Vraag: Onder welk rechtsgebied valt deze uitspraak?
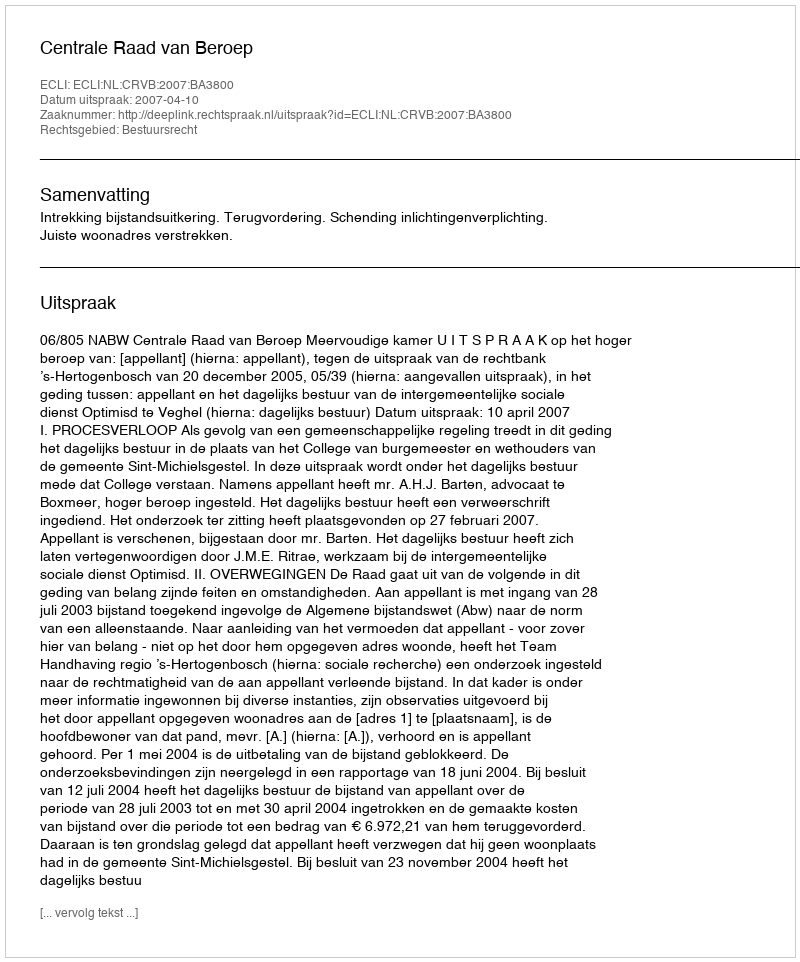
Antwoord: Bestuursrecht